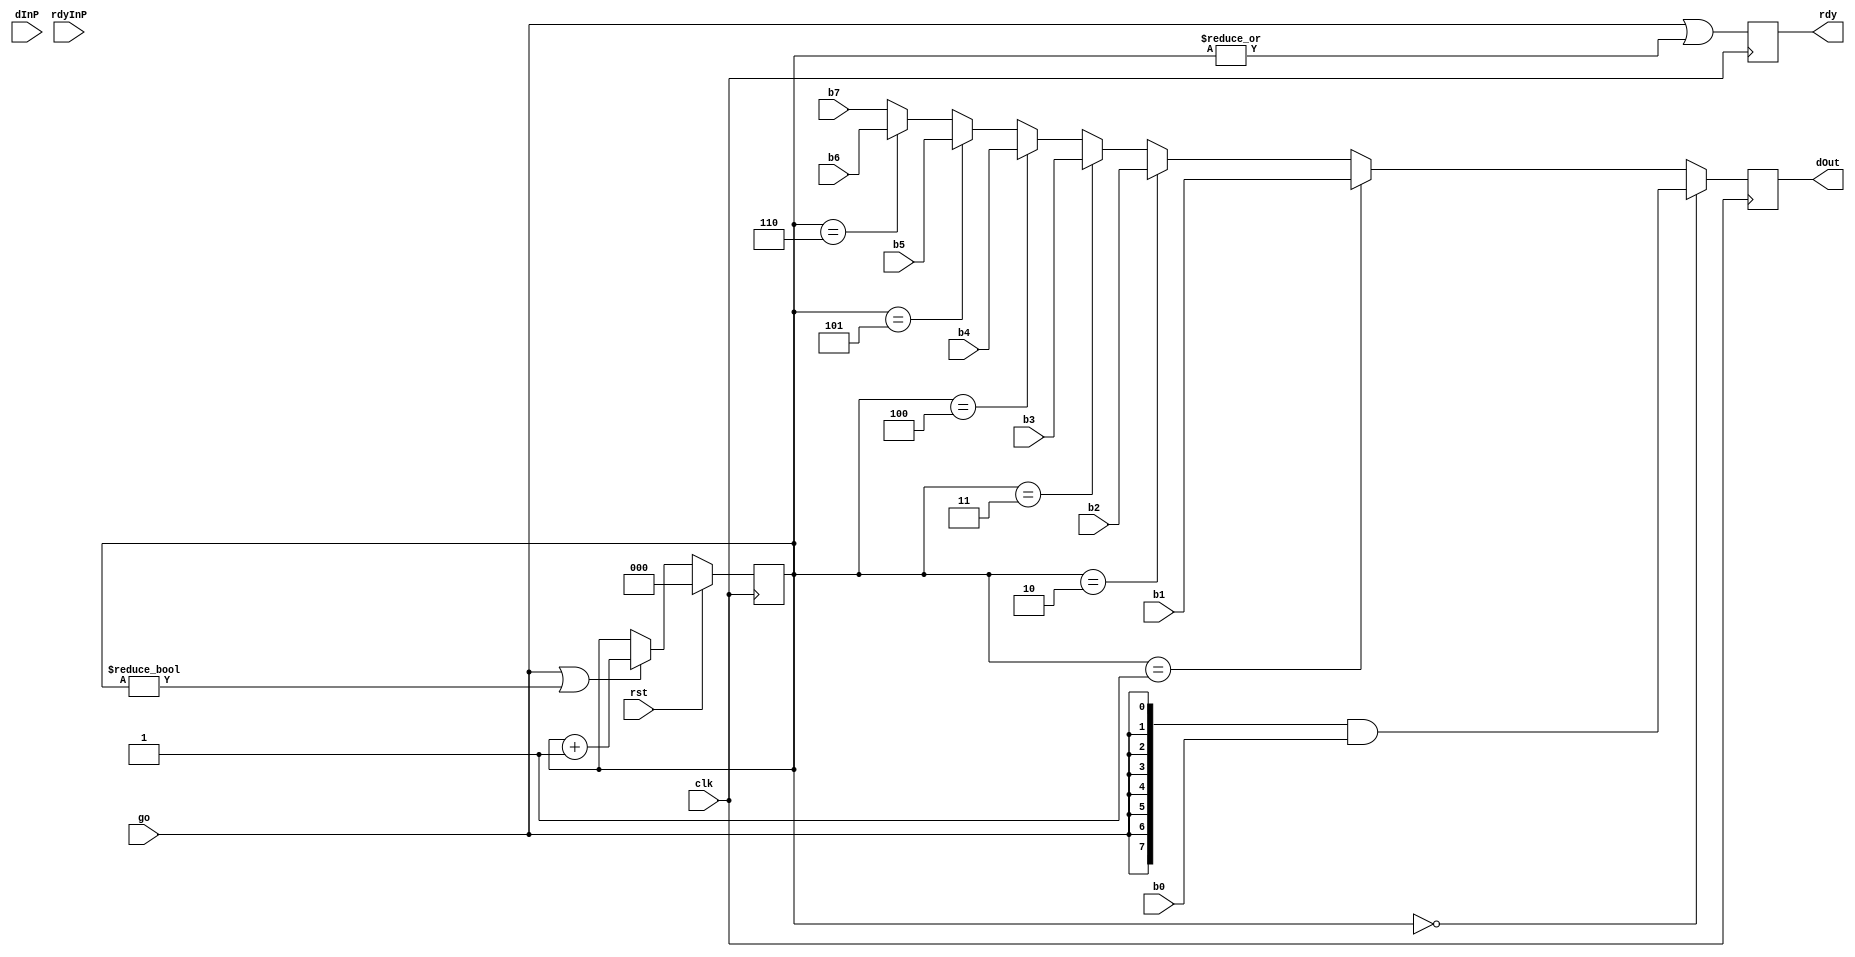
module dispString(
		  output reg 	   rdy,
		  output reg [7:0] dOut,
		  input wire [7:0] dInP,
		  input wire 	   rdyInP,
		  input wire [7:0] b0,
		  input wire [7:0] b1,
		  input wire [7:0] b2,
		  input wire [7:0] b3,
		  input wire [7:0] b4,
		  input wire [7:0] b5,
		  input wire [7:0] b6,
		  input wire [7:0] b7,
		  input wire 	   go,
		  input wire 	   rst,
		  input wire 	   clk);

   reg [2:0] 			   cnt;
   wire [7:0] 			   dOutP;
   always @(posedge clk) begin
      if (rst)
	cnt <= 3'b000;
      else begin
	 if (go | (cnt != 3'b000))
	   cnt <= cnt + 1;
	 else
	   cnt <= cnt;
      end
      dOut <= dOutP;
      rdy <= go | (|cnt[2:0]);
   end

   assign dOutP = 
		 (cnt[2:0]==3'b000) ? {8{go}} & b0 :
		 (cnt[2:0] ==3'b001) ? b1 :
		 (cnt[2:0]==3'b010) ? b2 :
		 (cnt[2:0]==3'b011) ? b3 :
		 (cnt[2:0]==3'b100) ? b4 :
		 (cnt[2:0]==3'b101) ? b5 :
  	         (cnt[2:0]==3'b110) ? b6 : b7;
   
   
   
endmodule // dispString